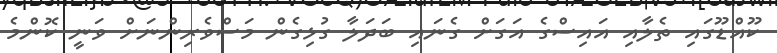
ކޫއްޑޫގައި ތެލާއި އައިސްގެ އަގަށް ގެނައި ބަދަލާ ގުޅިގެން މަސްވެރިންނަށް ވަނީ ކޮންމެ